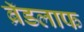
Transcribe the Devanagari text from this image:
ब्रॅडलाफ